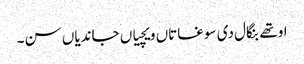
اوتھے بنگال دی سوغاتاں ویچیاں جاندیاں سن۔